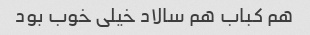
هم کباب هم سالاد خیلی خوب بود